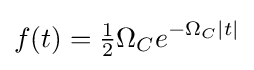
f(t)={\tfrac {1}{2}}\Omega _{C}e^{-\Omega _{C}|t|}